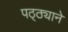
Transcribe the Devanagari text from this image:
पठ्ठ्याने